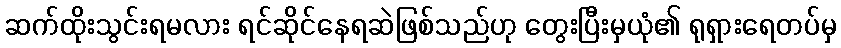
ဆက်ထိုးသွင်းရမလား ရင်ဆိုင်နေရဆဲဖြစ်သည်ဟု တွေးပြီးမှယုံ၏ ရုရှားရေတပ်မှ